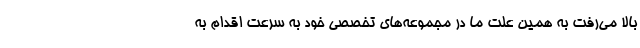
بالا می‌رفت به همین علت ما در مجموعه‌های تخصصی خود به سرعت اقدام به